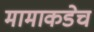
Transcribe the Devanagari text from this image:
मामाकडेच